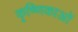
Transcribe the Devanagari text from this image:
कृष्णिकाओं